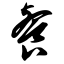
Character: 餐